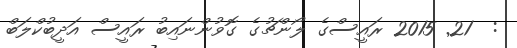
:  21